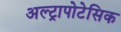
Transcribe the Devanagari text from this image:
अल्ट्रापोटेसिक